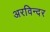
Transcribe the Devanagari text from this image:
अरविन्दर